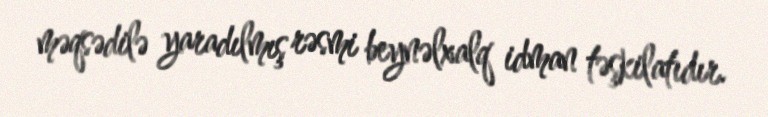
məqsədilə yaradılmış rəsmi beynəlxalq idman təşkilatıdır.